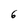
Character: 6